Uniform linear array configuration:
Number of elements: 16
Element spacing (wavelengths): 0.75
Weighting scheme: exponential
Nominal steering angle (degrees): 60
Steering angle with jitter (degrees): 61.967
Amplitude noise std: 0.05
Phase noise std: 0.05

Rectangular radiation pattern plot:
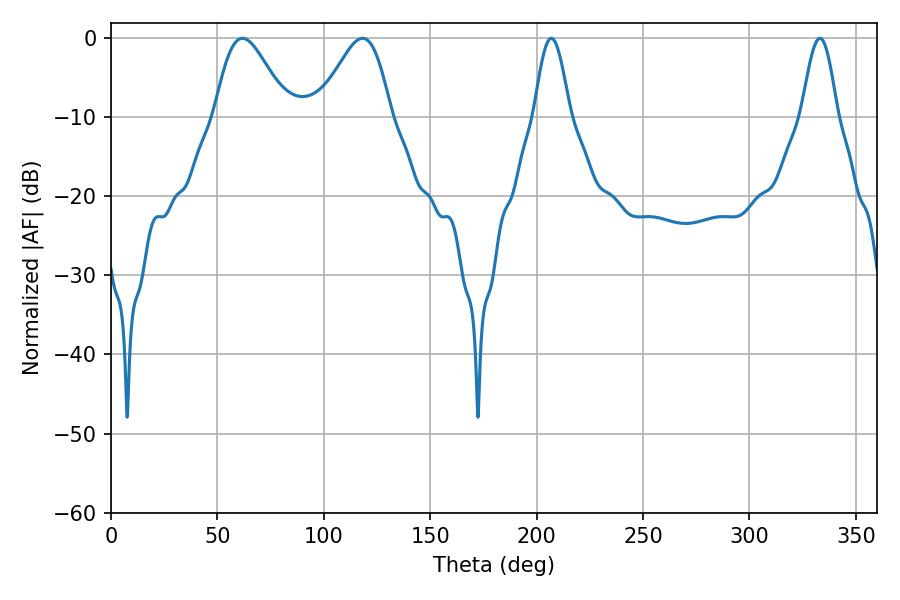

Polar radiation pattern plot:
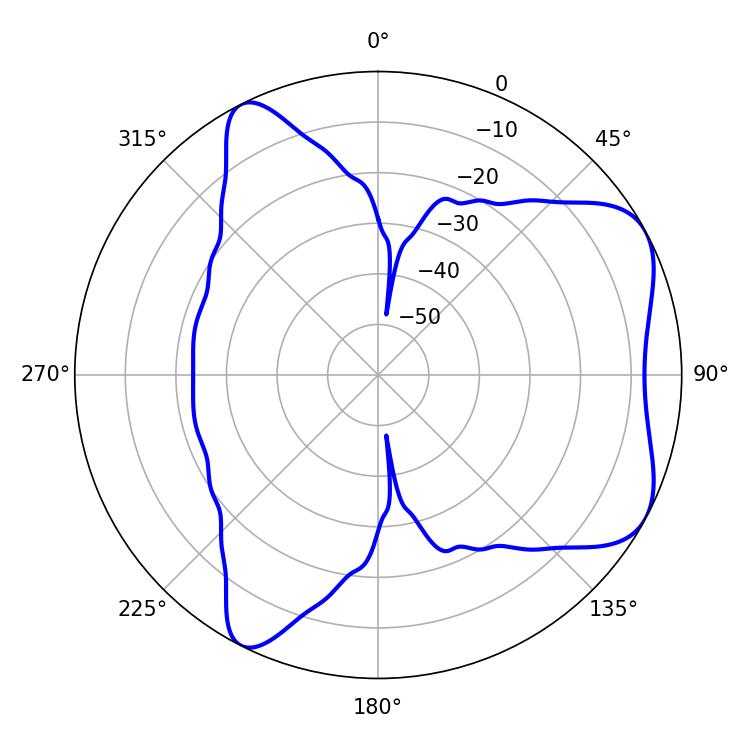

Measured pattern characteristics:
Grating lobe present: TRUE
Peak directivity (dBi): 6.045
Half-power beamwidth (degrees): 18
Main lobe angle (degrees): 61.74